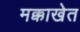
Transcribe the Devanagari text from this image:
मक्काखेत